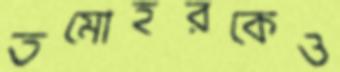
তমোহরকেও